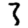
Digit: 3